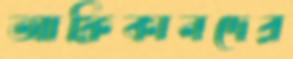
আফ্রিকানদের